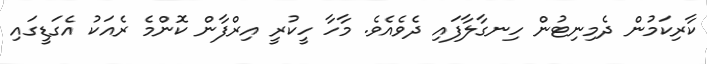
ކާރިކަމުން ދެމިނިޓުން ހިނގާލާފައި ދެވެއެވެ. މާހާ ހީކުރީ އިރްފާން ކޮންމެ ރެއަކު އެގަޑީގައި